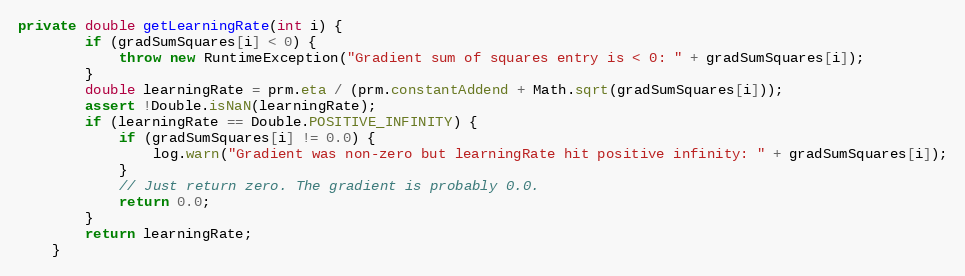
Language: Java
private double getLearningRate(int i) {
        if (gradSumSquares[i] < 0) {
            throw new RuntimeException("Gradient sum of squares entry is < 0: " + gradSumSquares[i]);
        }
        double learningRate = prm.eta / (prm.constantAddend + Math.sqrt(gradSumSquares[i]));
        assert !Double.isNaN(learningRate);
        if (learningRate == Double.POSITIVE_INFINITY) {
            if (gradSumSquares[i] != 0.0) {
                log.warn("Gradient was non-zero but learningRate hit positive infinity: " + gradSumSquares[i]);
            }
            // Just return zero. The gradient is probably 0.0.
            return 0.0;
        }
        return learningRate;
    }